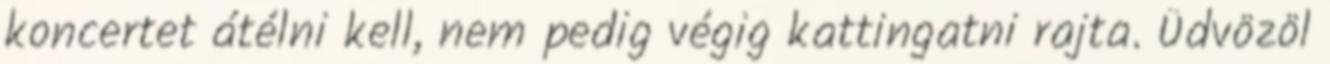
koncertet átélni kell, nem pedig végig kattingatni rajta. Üdvözöl